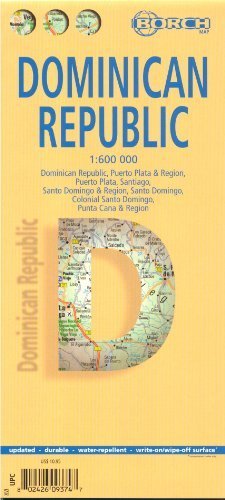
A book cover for Dominican Republic; Borch Verlag; Travel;